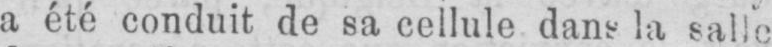
a été conduit de sa cellule dans la salle